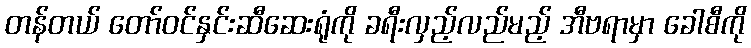
တန်တယ် တော်ဝင်နှင်းဆီဆေးရုံကို ခရီးလှည့်လည်မည့် အီဗရာမှာ ခေါစီကို